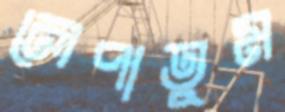
লেপাতুম